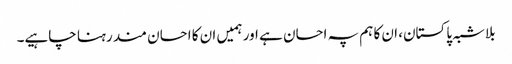
بلاشبہ پاکستان، ان کا ہم پہ احسان ہے اور ہمیں ان کا احسان مند رہنا چاہیے۔